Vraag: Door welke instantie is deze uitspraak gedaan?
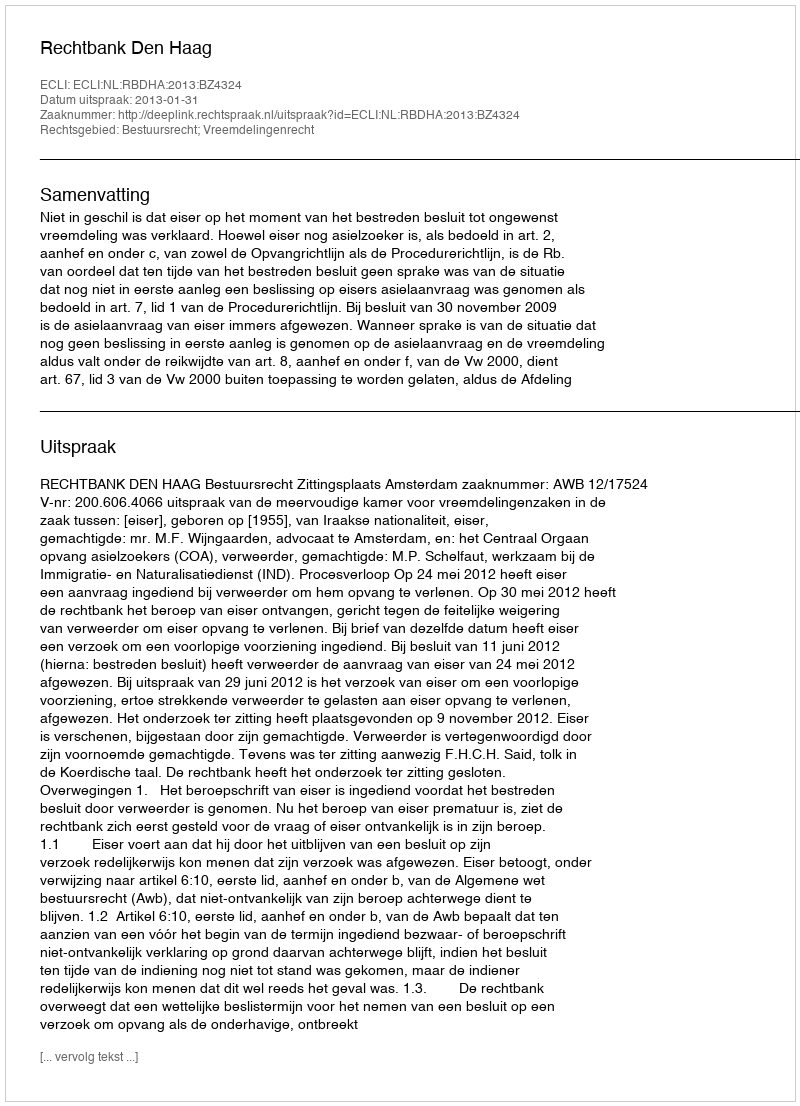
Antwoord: Rechtbank Den Haag